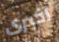
اخبري